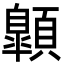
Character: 𩕍